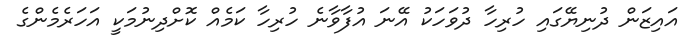
އައިޒަން ދުނިޔޭގައި ހުރިހާ ދުވަހަކު އޭނަ އުފާވާނެ ހުރިހާ ކަމެއް ކޮށްދިނުމަކީ އަހަރެމެންގެ